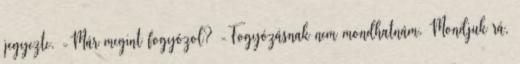
jegyezte. -Már megint fogyózol? -Fogyózásnak nem mondhatnám. Mondjuk rá,